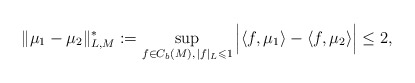
\begin{align*}\|\mu_1-\mu_2\|_{L,M}^*:=\sup_{f\in C_b (M),\, |f|_L\leqslant1}\Big|\langle f ,\mu_1\rangle-\langle f ,\mu_2\rangle\Big|\le2, \end{align*}